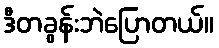
ဒီတခွန်းဘဲပြောတယ်။